Eesti_Peakonsulaat_New_Yorgis, lk 124
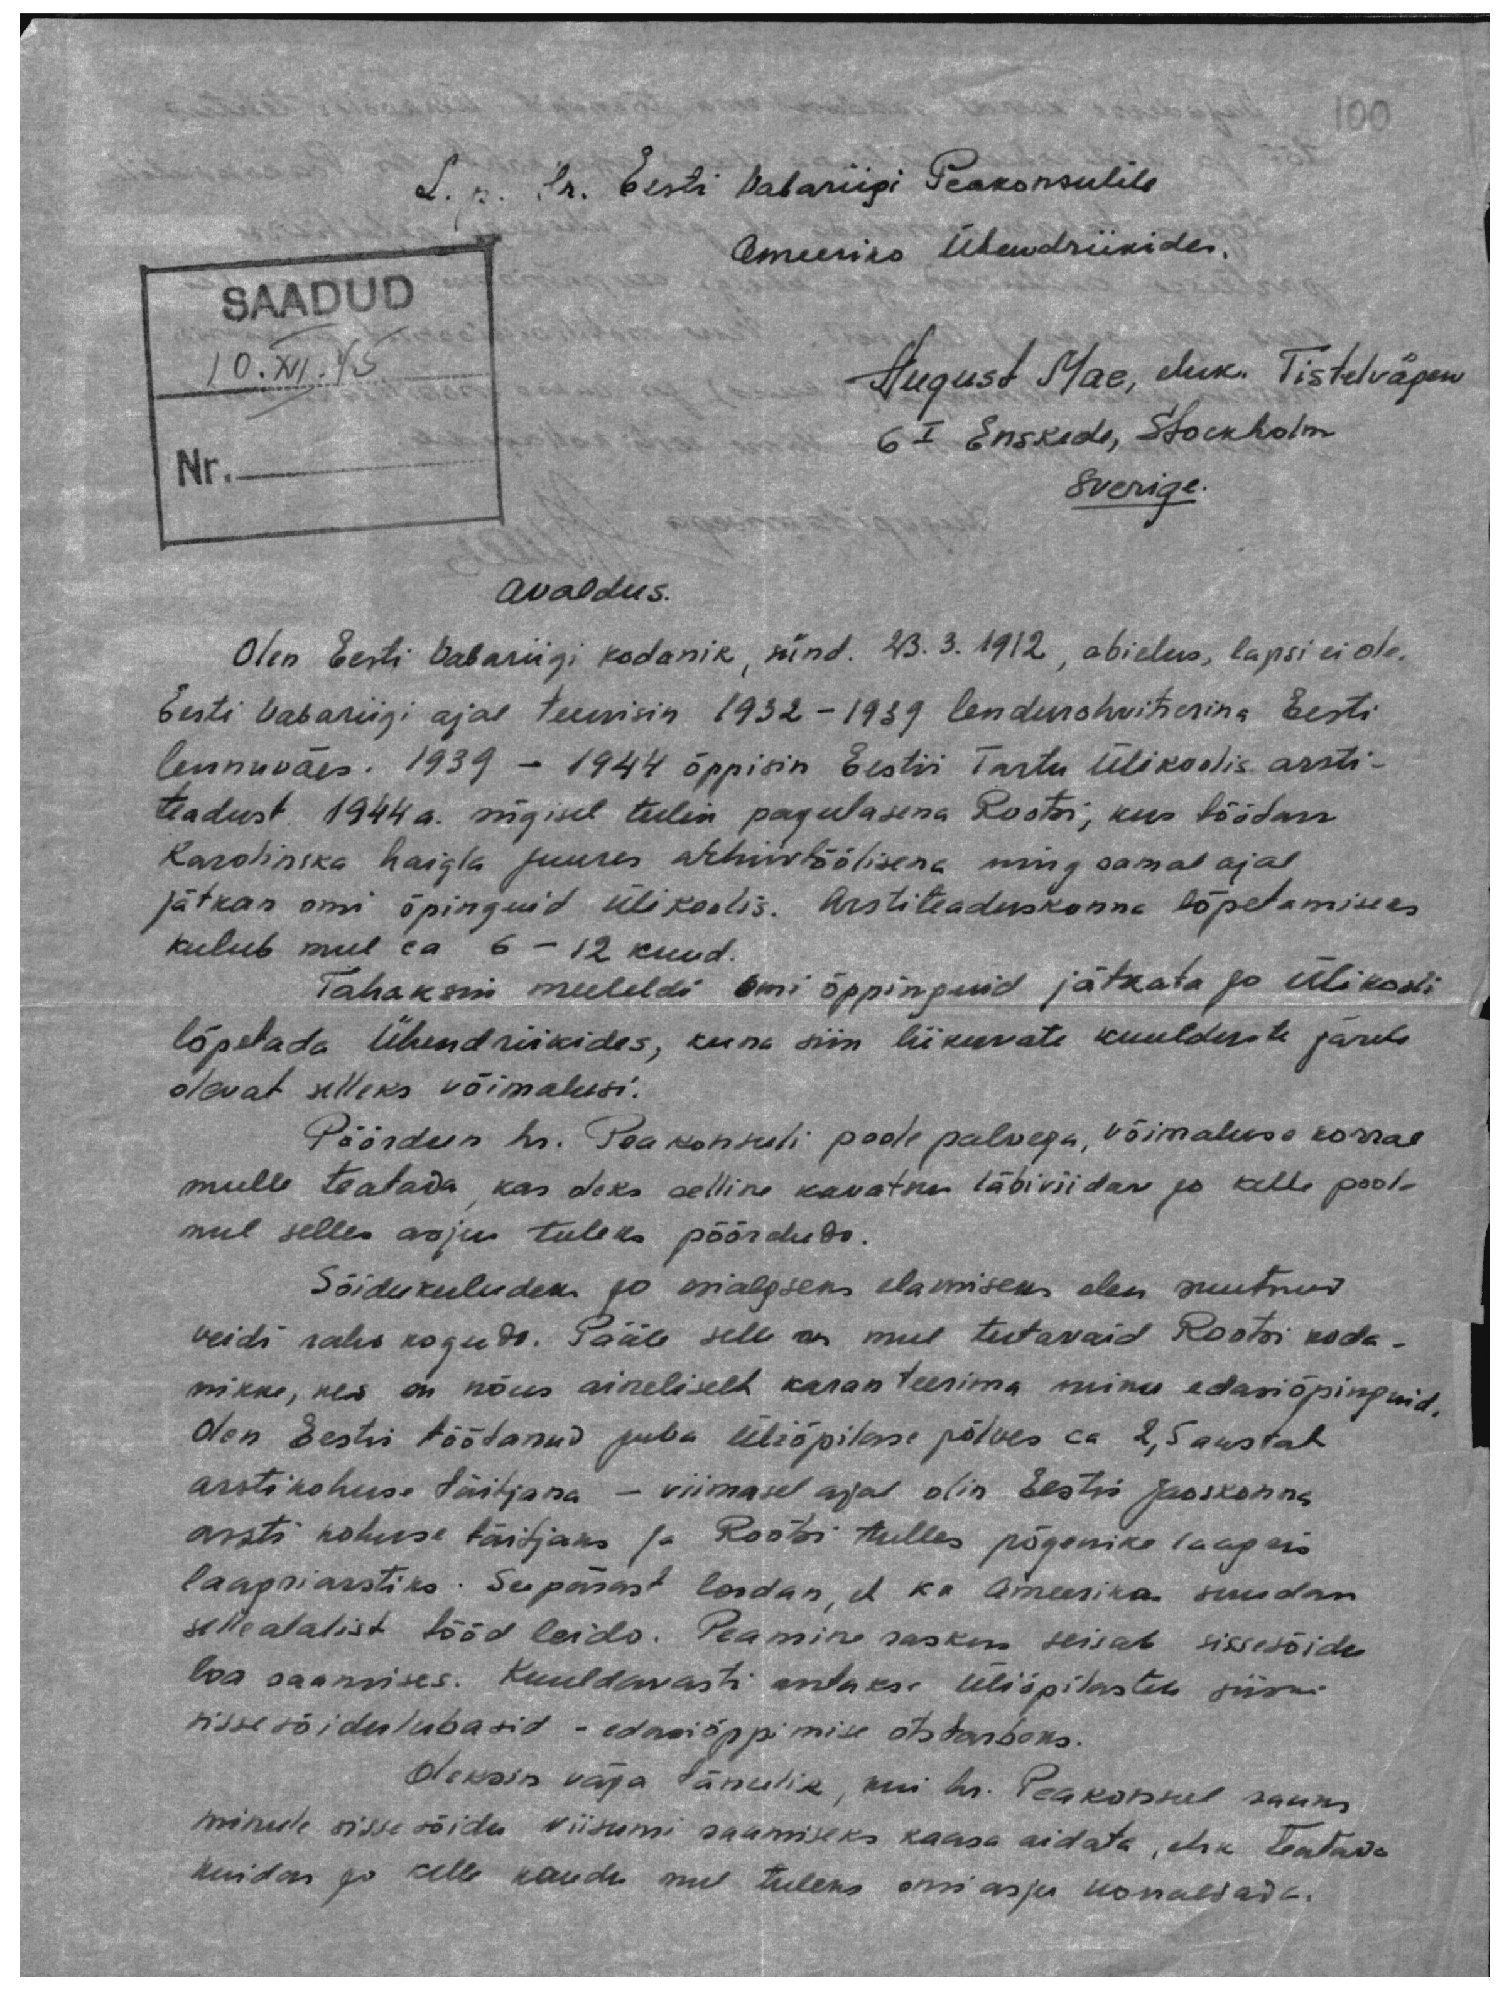
L. p. Hr. Eesti Vabariigi Peakonsulile
Ameerika Ühendriikides.
SAADUD
10.XII.45
August Mae, eluk. Tistelvägen
6 I Enskede, Stockholm
Nr.
Sverige.

Avaldus.
Olen Eesti Vabariigi kodanik, sünd. 23. 3. 1912, abielus, lapsi ei ole.
Eesti Vabariigi ajal teenisin 1932-1939 lendurohvitserina Eesti
lennuväes. 1939 - 1944 õppisin Eestis Tartu Ülikoolis arsti-
teadust. 1944 a. sügisel tulin pagulasena Rootsi, kus töötan
Karolinska haigla juures arhiivtöölisena ning samal ajal
jätkan omi õpinguid ülikoolis. Arstiteaduskonna lõpetamiseks
kulub mul ca 6 - 12 kuud.
Tahaksin meeleldi omi õppinguid jätkata ja ülikooli
lõpetada Ühendriikides, kuna siin liikuvate kuulduste järele
olevat selleks võimalusi.
Pöördun hr. Peakonsuli poole palvega, võimaluse korral
mulle teatada, kas oleks selline kavatsus läbiviidav ja kelle poole
mul selles asjus tuleks pöörduda.
Sõidukuludeks ja esialgseks elamiseks olen suutnud
veidi raha koguda. Pääle selle on mul tutavaid Rootsi koda-
nikke, kes on nõus aineliselt karanteerima minu edasiõpinguid.
Olen Eestis töötanud juba üliõpilase põlves ca 2,5 aastat
arstikohuse täitjana - viimasel ajal olin Eestis jaoskonna
arsti kohuse täitjaks ja Rootsi tulles põgenike laagris.
laagriarstiks. Seepärast loodan, et ka Ameerikas suudan
sellealalist tööd leida. Peamine raskus seisab sissesõidu
loa saamises. Kuuldavasti antakse üliõpilastele siiski
sissesõidulubasid - edasiõppimise otstarbeks.
Oleksin väga tänulik, kui hr. Peakonsul saaks
minule sisse sõidu viisumi saamiseks kaasa aidata, ehk teatada
kuidas ja kelle kauda mul tuleks omi asja korraldada.